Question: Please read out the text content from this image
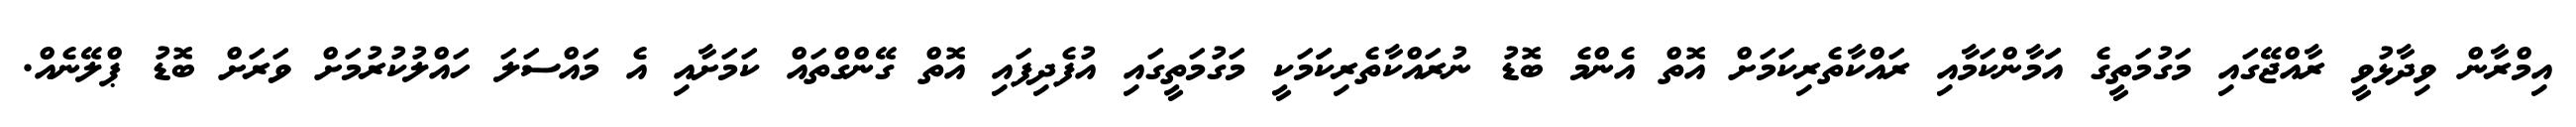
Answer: އިމްރާން ވިދާޅުވީ ރާއްޖޭގައި މަގުމަތީގެ އަަމާންކަމާއި ރައްކާތެރިކަމަށް އޮތް އެންމެ ބޮޑު ނުރައްކާތެރިކަަމަކީ މަގުމަތީގައި އުފެދިފައި އޮތް ގޭންގްތައް ކަމަށާއި އެ މައްސަލަ ހައްލުކުރުމަށް ވަރަށް ބޮޑު ޕްލޭނެއް.